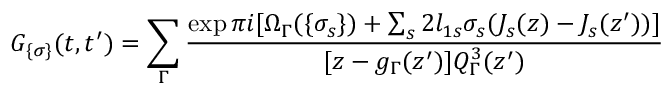
G _ { \{ \sigma \} } ( t , t ^ { \prime } ) = \sum _ { \Gamma } \frac { \exp \pi i [ \Omega _ { \Gamma } ( \{ \sigma _ { s } \} ) + \sum _ { s } 2 l _ { 1 s } \sigma _ { s } ( J _ { s } ( z ) - J _ { s } ( z ^ { \prime } ) ) ] } { [ z - g _ { \Gamma } ( z ^ { \prime } ) ] Q _ { \Gamma } ^ { 3 } ( z ^ { \prime } ) }